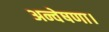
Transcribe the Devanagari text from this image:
अन्वेषणा।